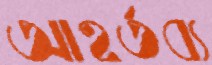
আহর্তব্য